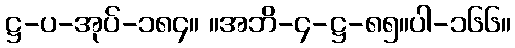
ဋ္ဌ-ပ-အုပ်-၁၈၄။ ။အဘိ-၄-ဋ္ဌ-၈၅။ပါ-၁၆၆။